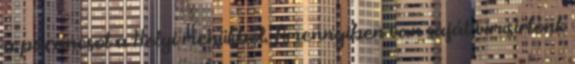
a parancsot a Helyi menükből. Amennyiben van saját vírusirtónk